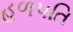
હળપતિ